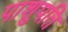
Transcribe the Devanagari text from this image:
पाशुपति